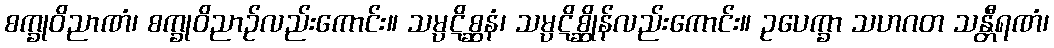
စက္ခုဝိညာဏံ၊ စက္ခုဝိညာဉ်လည်းကောင်း။ သမ္ပဋိစ္ဆနံ၊ သမ္ပဋိစ္ဆိုန်လည်းကောင်း။ ဥပေက္ခာ သဟဂတ သန္တီရဏံ၊